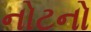
નોટનો